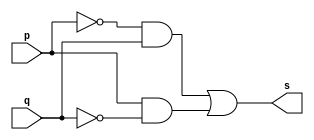
// PUC Minas - Ciencia da Computacao - Arquitetura de Computadores I
// Exemplo0011 - xor - a'b + ab' 
// Nome: Ana Cristina Pereira Teixeira

// 06. Construir a tabela_verdade para a porta XOR com 2 entradas.
// Obs.: Usar a expresso: a'b+a b' na definio do mdulo. 

// --------------------- 
// -- xor gate 
// --------------------- 
module xorgate (output s, input p, input q);
	assign s = (~p & q) | (p & ~q); // vinculo permanente
	// assign s = (p | q) & (~p | ~q);
endmodule // xor

// --------------------- 
// -- test xorgate 
// --------------------- 
module testxorgate; 
// ------------------------- dados locais 
	reg a, b; // definir registrador 
	wire s; // definir conexao (fio) 
// ------------------------- instancia 
	xorgate XOR1 (s, a, b);
// ------------------------- preparacao
	initial begin:start
		a = 0;
		b = 0;
	end
// ------------------------- parte principal
	initial begin:main
		$display("Exemplo0011 - Exercicio0006 - Ana Cristina - 427385");
		$display("Test xor gate");
		$display("\n ((~a) & b) | (a & (~b)) = s\n");
		$monitor("\t%b \t%b = %b", a, b, s);
		#1 a = 0; b = 0;
		#1 a = 0; b = 1;
		#1 a = 1; b = 0;
		#1 a = 1; b = 1;
	end
endmodule // testxorgate

// previsao de testes
// ((~a) & b) | (a & (~b))
// resultados esperados
// ((~0) & 0) | (0 & (~0)) = ((1) & 0) | (0 & (1)) = (0) | (0) = 0
// ((~0) & 1) | (0 & (~1)) = ((1) & 1) | (0 & (0)) = (1) | (0) = 1
// ((~1) & 0) | (1 & (~0)) = ((0) & 0) | (1 & (1)) = (0) | (1) = 1
// ((~1) & 1) | (1 & (~1)) = ((0) & 1) | (1 & (0)) = (0) | (0) = 0
// conclusao xorgate funcionou corretamente como o esperado
// as saidas do $monitor so apenas da variacao dos registradores a e b de acordo com o tempo
// e nao o resultado de cada parentese/expressao